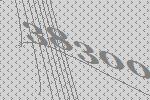
38300